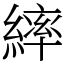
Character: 繂